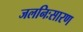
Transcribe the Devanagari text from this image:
जलनिःसारण